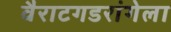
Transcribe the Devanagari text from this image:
वैराटगडरांगेला